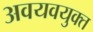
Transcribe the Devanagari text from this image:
अवयवयुक्त